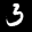
Label: 3